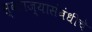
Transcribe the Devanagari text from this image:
स्वराज्यासंबंधीचे